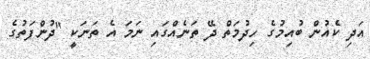
އަދި ކެއުން ބުއިމުގެ ހިދުމަތް ދޭ ތަނެއްގައި ނަމަ އެ ތަނަކީ "ދުންފަތުގެ